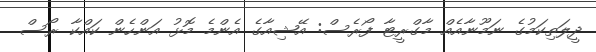
ދީލަތިކަމުގެ ނަމޫނާއެއް މާގްރީޓާ ފޯރެސް: އޭޝިއާގެ އެންމެ މޮޅު އަންހެން ކައްކާ ރޯސް